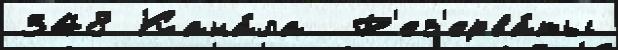
348 Кана́ла  Р'ез'ерва́ты